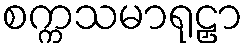
စက္ကသမာရုဠှာ